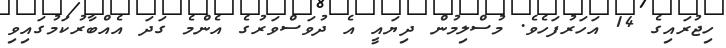
ހިޖުރައިގެ 14 އަހަރުފަހެވެ. މުސްލިމުން ދިޔައީ އެ ދުވަސްވަރުގެ އެންމެ ގަދަ އެއްބާރުކަމުގައިވި